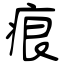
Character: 痕